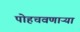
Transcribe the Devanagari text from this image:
पोहचवणाऱ्या